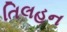
તિલહન